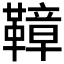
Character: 𩌬